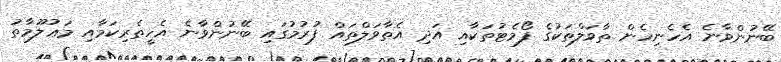
ބޭނުންވާނެ އެހެނިހެން ތާވަލްތަކުގެ ފޯމެޓުތަކާއި އަދި އެތާވަލްތައް ފުރުމުގައި ބޭނުންވާނެ އެހީތެރިކަމާއި މަޢުލޫމާތު